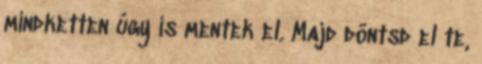
mindketten úgy is mentek el. Majd döntsd el te,